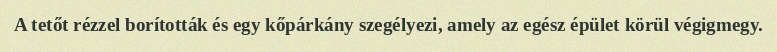
A tetőt rézzel borították és egy kőpárkány szegélyezi, amely az egész épület körül végigmegy.